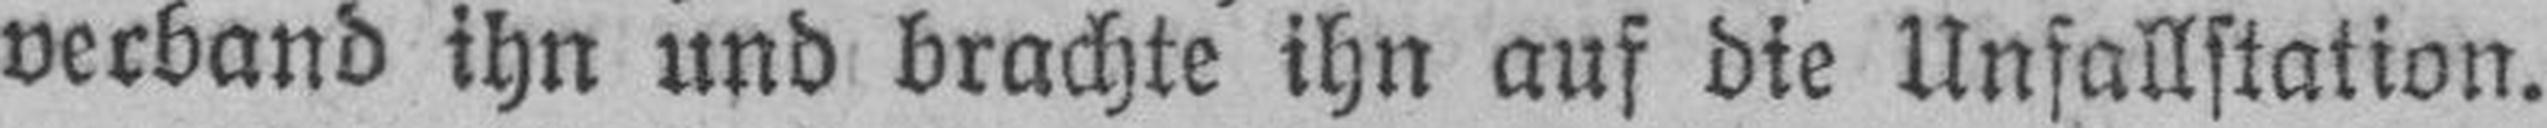
verband ihn und brachte ihn auf die Unfallstation.